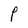
Character: P